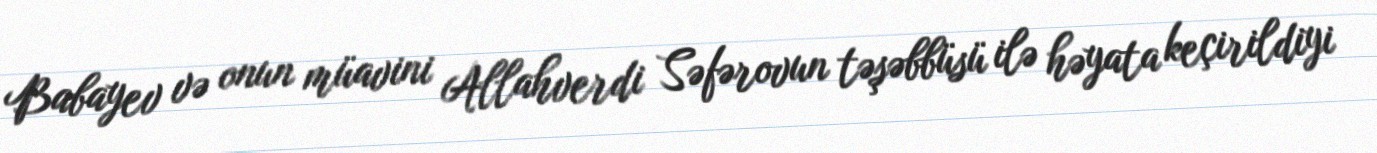
Babayev və onun müavini Allahverdi Səfərovun təşəbbüsü ilə həyata keçirildiyi